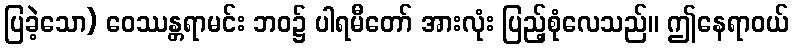
ပြခဲ့သော) ဝေဿန္တရာမင်း ဘဝ၌ ပါရမီတော် အားလုံး ပြည့်စုံလေသည်။ ဤနေရာဝယ်